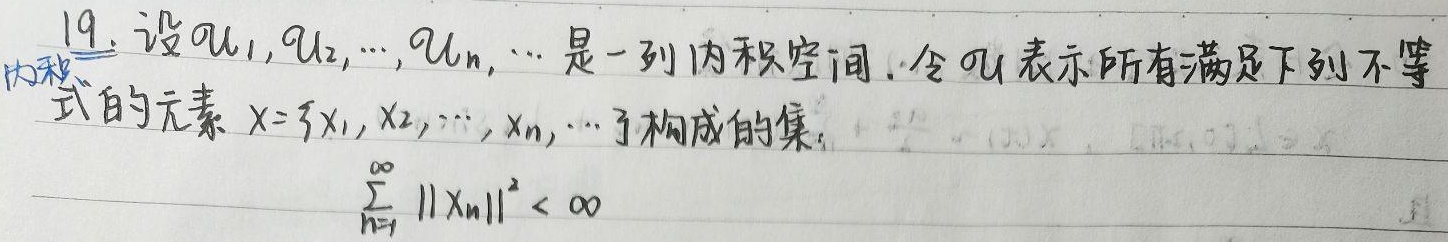
19. 设\(\mathcal{U}_1,\mathcal{U}_2,\cdots,\mathcal{U}_n,\cdots\)是一列内积空间。令\(\mathcal{U}\)表示所有满足下列不等式的元素\(x = \{x_1,x_2,\cdots,x_n,\cdots\}\)构成的集：
\[
\sum_{n = 1}^{\infty}\|x_n\|^2 < \infty
\]